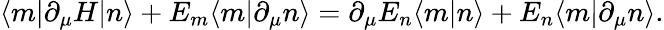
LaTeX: \langle m|\partial_{\mu}H|n\rangle+E_{m}\langle m|\partial_{\mu}n\rangle=\partial_{\mu}E_{n}\langle m|n\rangle+E_{n}\langle m|\partial_{\mu}n\rangle.